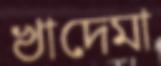
খাদেমা